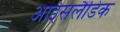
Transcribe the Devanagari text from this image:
आईसलैंडिक